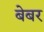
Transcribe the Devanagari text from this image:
बेबर